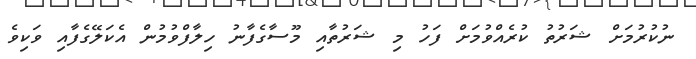
ނުކުރުމަށް ޝަރުތު ކުރެއްވުމަށް ފަހު މި ޝަރުތާއި މޫސާގެފާނު ހިލާފްވުމުން އެކަލޭގެފާއި ވަކިވެ